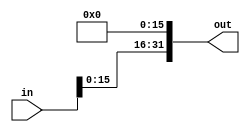
module sll_16(out, in);
    input [31:0] in;

    output [31:0] out;

    assign out[31] = in[15];
    assign out[30] = in[14];
    assign out[29] = in[13];
    assign out[28] = in[12];
    assign out[27] = in[11];
    assign out[26] = in[10];
    assign out[25] = in[9];
    assign out[24] = in[8];
    assign out[23] = in[7];
    assign out[22] = in[6];
    assign out[21] = in[5];
    assign out[20] = in[4];
    assign out[19] = in[3];
    assign out[18] = in[2];
    assign out[17] = in[1];
    assign out[16] = in[0];
    assign out[15] = 1'b0;
    assign out[14] = 1'b0;
    assign out[13] = 1'b0;
    assign out[12] = 1'b0;
    assign out[11] = 1'b0;
    assign out[10] = 1'b0;
    assign out[9] = 1'b0;
    assign out[8] = 1'b0;
    assign out[7] = 1'b0;
    assign out[6] = 1'b0;
    assign out[5] = 1'b0;
    assign out[4] = 1'b0;
    assign out[3] = 1'b0;
    assign out[2] = 1'b0;
    assign out[1] = 1'b0;
    assign out[0] = 1'b0;
endmodule